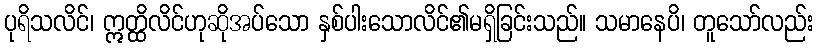
ပုရိသလိင်၊ ဣတ္ထိလိင်ဟုဆိုအပ်သော နှစ်ပါးသောလိင်၏မရှိခြင်းသည်။ သမာနေပိ၊ တူသော်လည်း